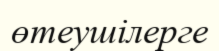
өтеушілерге